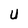
Character: U